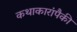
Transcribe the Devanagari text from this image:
कथाकारांपैकी